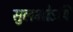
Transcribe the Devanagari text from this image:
सुलभोऽपि